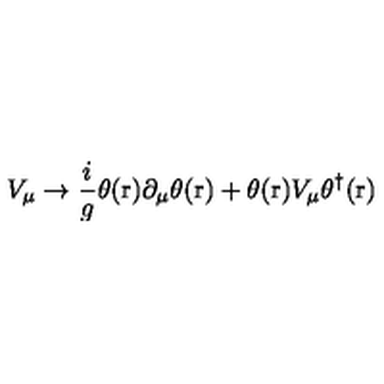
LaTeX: V _ { \mu } \rightarrow \frac { i } { g } \theta ( \mathrm { \boldmath r } ) \partial _ { \mu } \theta ( \mathrm { \boldmath r } ) + \theta ( \mathrm { \boldmath r } ) V _ { \mu } \theta ^ { \dag } ( \mathrm { \boldmath r } )